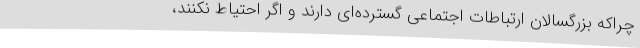
چراکه بزرگسالان ارتباطات اجتماعی گسترده‌ای دارند و اگر احتیاط نکنند،